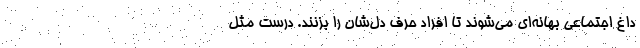
داغ اجتماعی بهانه‌ای می‌شوند تا افراد حرف دل‌شان را بزنند. درست مثل